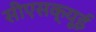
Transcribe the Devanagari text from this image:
सीएसक्यूई